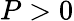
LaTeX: P>0